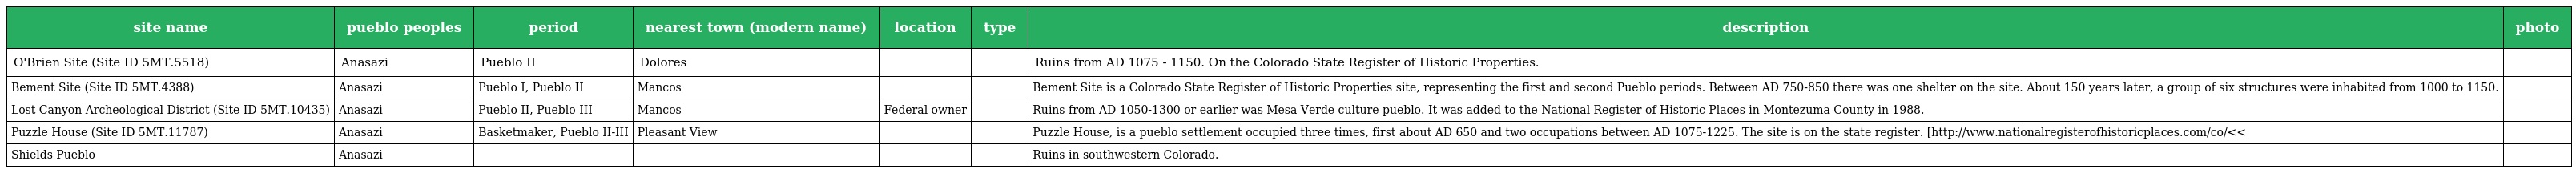
| site name | pueblo peoples | period | nearest town (modern name) | location | type | description | photo |
 | --- | --- | --- | --- | --- | --- | --- | --- |
 | O'Brien Site (Site ID 5MT.5518) | Anasazi | Pueblo II | Dolores |  |  | Ruins from AD 1075 - 1150. On the Colorado State Register of Historic Properties. |  |
 | Bement Site (Site ID 5MT.4388) | Anasazi | Pueblo I, Pueblo II | Mancos |  |  | Bement Site is a Colorado State Register of Historic Properties site, representing the first and second Pueblo periods. Between AD 750-850 there was one shelter on the site. About 150 years later, a group of six structures were inhabited from 1000 to 1150. |  |
 | Lost Canyon Archeological District (Site ID 5MT.10435) | Anasazi | Pueblo II, Pueblo III | Mancos | Federal owner |  | Ruins from AD 1050-1300 or earlier was Mesa Verde culture pueblo. It was added to the National Register of Historic Places in Montezuma County in 1988. |  |
 | Puzzle House (Site ID 5MT.11787) | Anasazi | Basketmaker, Pueblo II-III | Pleasant View |  |  | Puzzle House, is a pueblo settlement occupied three times, first about AD 650 and two occupations between AD 1075-1225. The site is on the state register. [http://www.nationalregisterofhistoricplaces.com/co/<< |  |
 | Shields Pueblo | Anasazi |  |  |  |  | Ruins in southwestern Colorado. |  |